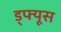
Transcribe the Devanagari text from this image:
ड्फ्यूस